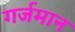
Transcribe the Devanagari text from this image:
गर्जमान